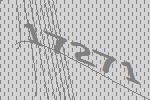
17271